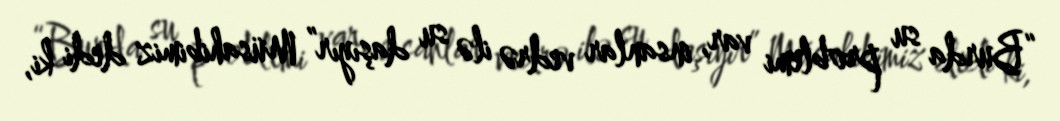
“Burda su problemi var, insanlar vedrə ilə su daşıyır” Müsahibimiz dedi ki,